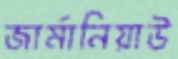
জার্মানিয়াউ